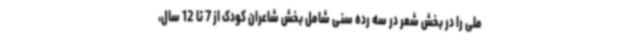
ملی را در بخش شعر در سه رده سنی شامل بخش شاعران کودک از 7 تا 12 سال،